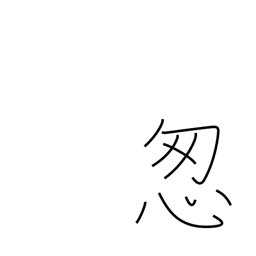
Meaning: hurry